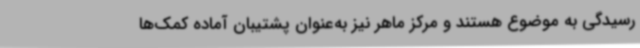
رسیدگی به موضوع هستند و مرکز ماهر نیز به‌عنوان پشتیبان آماده کمک‌ها